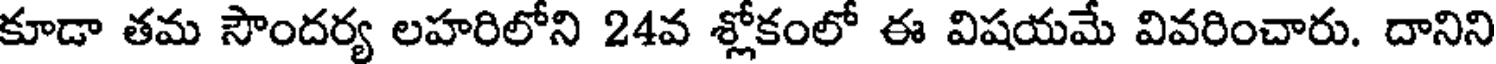
కూడా తమ సౌందర్య లహరిలోని 24వ శ్లోకంలో ఈ విషయమే వివరించారు. దానిని